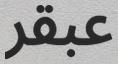
عبقر